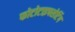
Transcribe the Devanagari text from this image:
फोटोटाइपसेटिंग